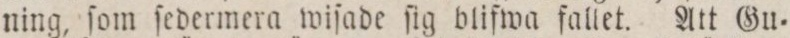
ning, ſom ſedermera wiſade ſig blifwa fallet. Att Gu=